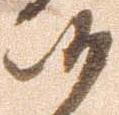
候